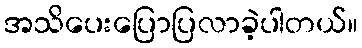
အသိပေးပြောပြလာခဲ့ပါတယ်။